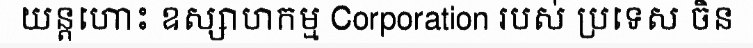
យន្តហោះ ឧស្សាហកម្ម Corporation របស់ ប្រទេស ចិន